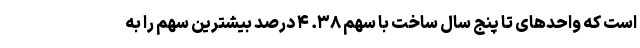
است که واحد‌های تا پنج سال ساخت با سهم ۳۸. ۴ درصد بیشترین سهم را به